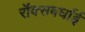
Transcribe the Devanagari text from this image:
रॉक्सबर्घाई